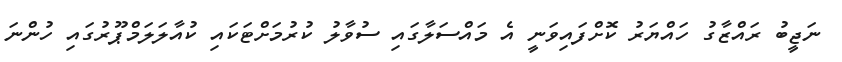
ނަޖީބު ރައްޒާގު ހައްޔަރު ކޮށްފައިވަނީ އެ މައްސަލާގައި ސުވާލު ކުރުމަށްޓަކައި ކުއާލަލަމްޕޫރުގައި ހުންނަ